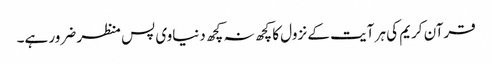
قرآن کریم کی ہر آیت کے نزول کا کچھ نہ کچھ دنیاوی پس منظر ضرور ہے۔